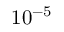
1 0 ^ { - 5 }